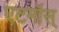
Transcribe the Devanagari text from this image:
एटमॉस्